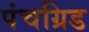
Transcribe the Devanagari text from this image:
पंचग्रिड